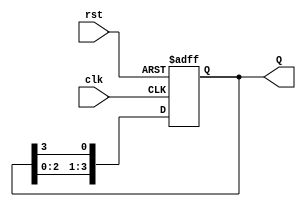
module ring_counter (
    input wire clk,        // Clock input
    input wire rst,        // Asynchronous reset
    output reg [3:0] Q     // 4-bit output representing the current state
);

// Asynchronous reset: Initialize counter to state 0 (0001)
always @(posedge clk or posedge rst) begin
    if (rst) begin
        Q <= 4'b0001;  // Reset to state 0
    end else begin
        // Shift the '1' bit to the left, wrapping around
        Q <= {Q[2:0], Q[3]}; // Move bit from left to the rightmost position
    end
end

endmodule